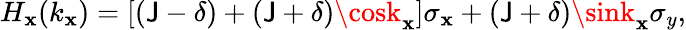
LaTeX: H_{\mathbf{x}}(k_{\mathbf{x}})=[(\mathsf{J}-\delta)+(\mathsf{J}+\delta)\cosk_{\mathbf{x}}]\sigma_{\mathbf{x}}+(\mathsf{J}+\delta)\sink_{\mathbf{x}}\sigma_{y},